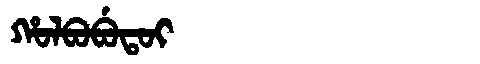
Manchu: ᡥᠣᠯᠪᠣᠪᡠᡨᠣᡳ
Romanization: HOLBOBUTOI